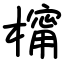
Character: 橣